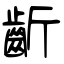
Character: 齗